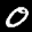
Label: 0